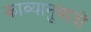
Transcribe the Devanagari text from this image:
काव्यानुवादों